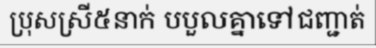
ប្រុសស្រី៥នាក់ បបួលគ្នាទៅជញ្ជាត់